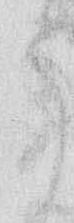
う